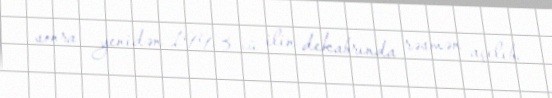
sonra yenidən 1993-cü ilin dekabrında rəsmən açılıb.